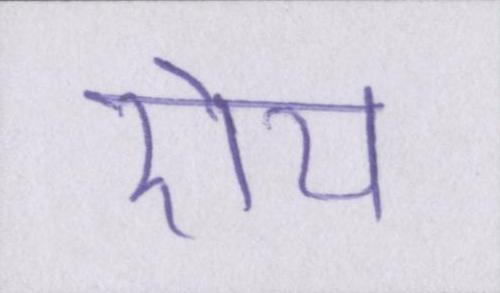
रोय